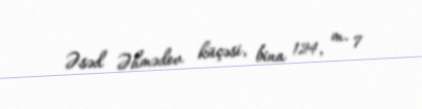
Əsəd Əhmədov küçəsi, bina 124, m. 7